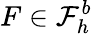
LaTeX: F\in\mathcal{F}_{h}^{b}